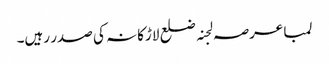
لمبا عرصہ لجنہ ضلع لاڑکانہ کی صدر رہیں۔